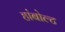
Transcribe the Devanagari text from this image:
हांबोल्ट